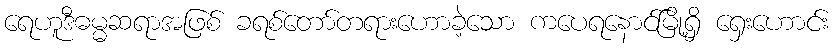
ရေဟူဒီဓမ္မဆရာအဖြစ် ခရစ်တော်တရားဟောခဲ့သော ကပေရနောင်မြို့ရှိ ရှေးဟောင်း